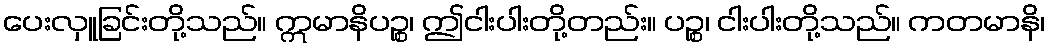
ပေးလှူခြင်းတို့သည်။ ဣမာနိပဉ္စ၊ ဤငါးပါးတို့တည်း။ ပဉ္စ၊ ငါးပါးတို့သည်။ ကတမာနိ၊